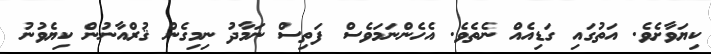
ކިޔަވާށެވެ. އަތުގައި ގަޑިއެއް ނެތެވެ. އެހެންނަމަވެސް ފަތިސް ނަމާދު ނިމިގެން ޤުރްއާނުން ކިޔެވުނު